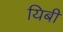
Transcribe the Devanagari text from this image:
यिबी